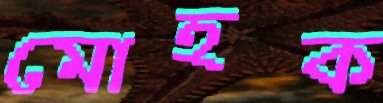
মোহক